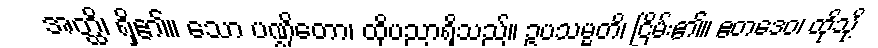
အတ္ထိ၊ ရှိ၏။ သော ပဏ္ဍိတော၊ ထိုပညာရှိသည်။ ဥပသမ္မတိ၊ ငြိမ်း၏။ ဧတဒေဝ၊ ထိုသို့